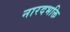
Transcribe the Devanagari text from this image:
नारदभक्ति